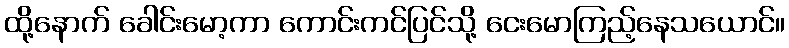
ထို့နောက် ခေါင်းမော့ကာ ကောင်းကင်ပြင်သို့ ငေးမောကြည့်နေသယောင်။